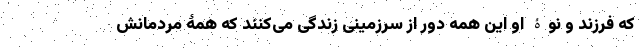
که فرزند و نوۀ او این همه دور از سرزمینی زندگی می‌کنند که همۀ مردمانش